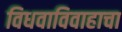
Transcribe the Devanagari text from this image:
विधवाविवाहाचा